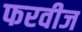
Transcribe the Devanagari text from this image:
फरवीज